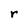
Character: r